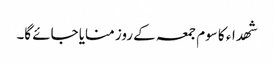
شھداء کا سوم جمعہ کے روز منایا جائے گا۔